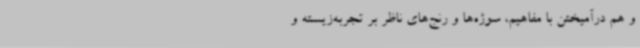
و هم درآمیختن با مفاهیم، سوژه‌ها و رنج‌های ناظر بر تجربه‌زیسته‌ و